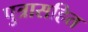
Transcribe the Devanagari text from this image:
पुत्रासहित